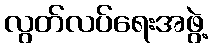
လွတ်လပ်ရေးအဖွဲ့